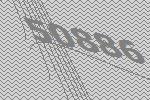
50886